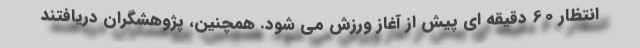
انتظار 60 دقیقه ای پیش از آغاز ورزش می شود. همچنین، پژوهشگران دریافتند